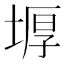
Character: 𡎋